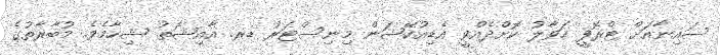
ސައިނާއަށް ޓްރޮފީ ހަވާލު ކޮށްދެއްވީ އެޑިއުކޭޝަން މިނިސްޓަރު ޑރ. އާއިޝަތު ޝިހާމެވެ. މުބާރާތުގެ